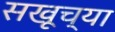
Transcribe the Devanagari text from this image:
सखूच्या